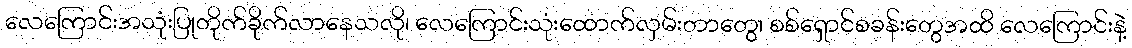
လေကြောင်းအသုံးပြုတိုက်ခိုက်လာနေသလို၊ လေကြောင်းသုံးထောက်လှမ်းတာတွေ၊ စစ်ရှောင်စခန်းတွေအထိ လေကြောင်းနဲ့